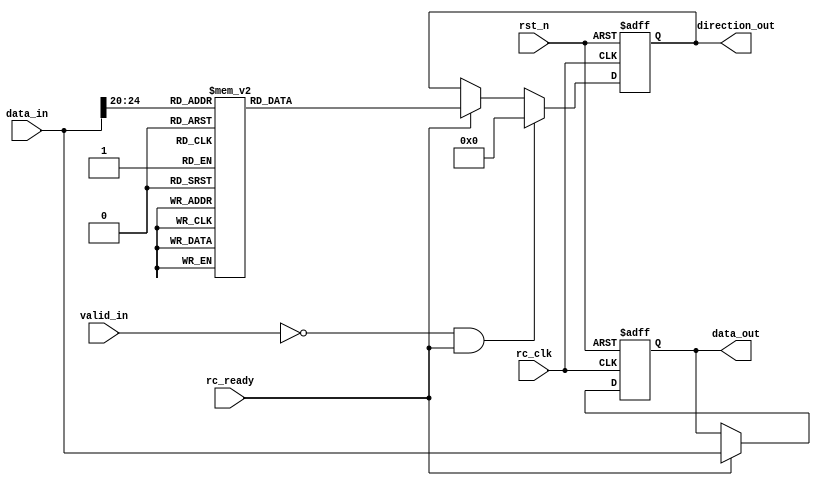

module rc_unicast_sub#(
  parameter DEPTH=4,
  parameter WIDTH=2,
  parameter DATASIZE=30,
  parameter router_ID=6
  )(
  output reg[DATASIZE-1:0] data_out,
  output reg[4:0] direction_out,

  input wire[DATASIZE-1:0] data_in,
  input wire valid_in,
  input wire rc_ready,

  input wire rc_clk,
  input wire rst_n
  );

  wire[4:0] dst;
  assign dst = data_in[24:20];

  reg[4:0] direction;

  always @ (*) begin
    case (dst)
      5'd0:  direction = 5'b00010;
      5'd1:  direction = 5'b00010;
      5'd2:  direction = 5'b00010;
      5'd3:  direction = 5'b00010;
      5'd4:  direction = 5'b00010;
      5'd5:  direction = 5'b10000;
      5'd6:  direction = 5'b00001;
      5'd7:  direction = 5'b00100;
      5'd8:  direction = 5'b00100;
      5'd9:  direction = 5'b00100;
      5'd10: direction = 5'b01000;
      5'd11: direction = 5'b01000;
      5'd12: direction = 5'b01000;
      5'd13: direction = 5'b01000;
      5'd14: direction = 5'b01000;
      5'd15: direction = 5'b01000;
      5'd16: direction = 5'b01000;
      5'd17: direction = 5'b01000;
      5'd18: direction = 5'b01000;
      5'd19: direction = 5'b01000;
      default:direction = 5'b00000;
    endcase
  end

  always@(posedge rc_clk, negedge rst_n) begin
    if(!rst_n)
      data_out <= 30'b0;
    else if (rc_ready)
      data_out <= data_in;
    else
      data_out <= data_out;
  end

  always@(posedge rc_clk, negedge rst_n) begin
    if(!rst_n)
      direction_out <= 5'b00000;
    else if(!valid_in & rc_ready)
      direction_out <= 5'b00000;
    else if(!rc_ready)
      direction_out <= direction_out;
    else
      direction_out <= direction;
  end

endmodule